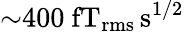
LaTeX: {\sim}400~\mathrm{fT_{rms}\, s^{1/2}}